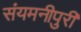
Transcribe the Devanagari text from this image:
संयमनीपुरी